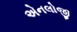
એનલોજી